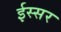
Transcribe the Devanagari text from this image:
ईस्सर